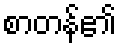
စာတန်၏